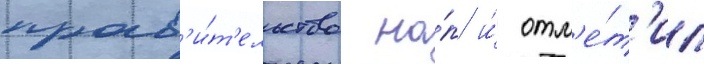
прав'и́т'ельство на́п и́ отм'е́т'ил